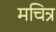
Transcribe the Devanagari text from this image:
मचित्र